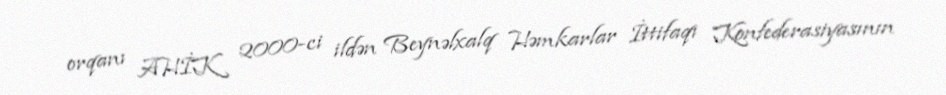
orqanı AHİK 2000-ci ildən Beynəlxalq Həmkarlar İttifaqı Konfederasiyasının